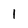
Character: 1